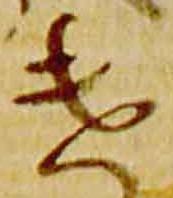
遣